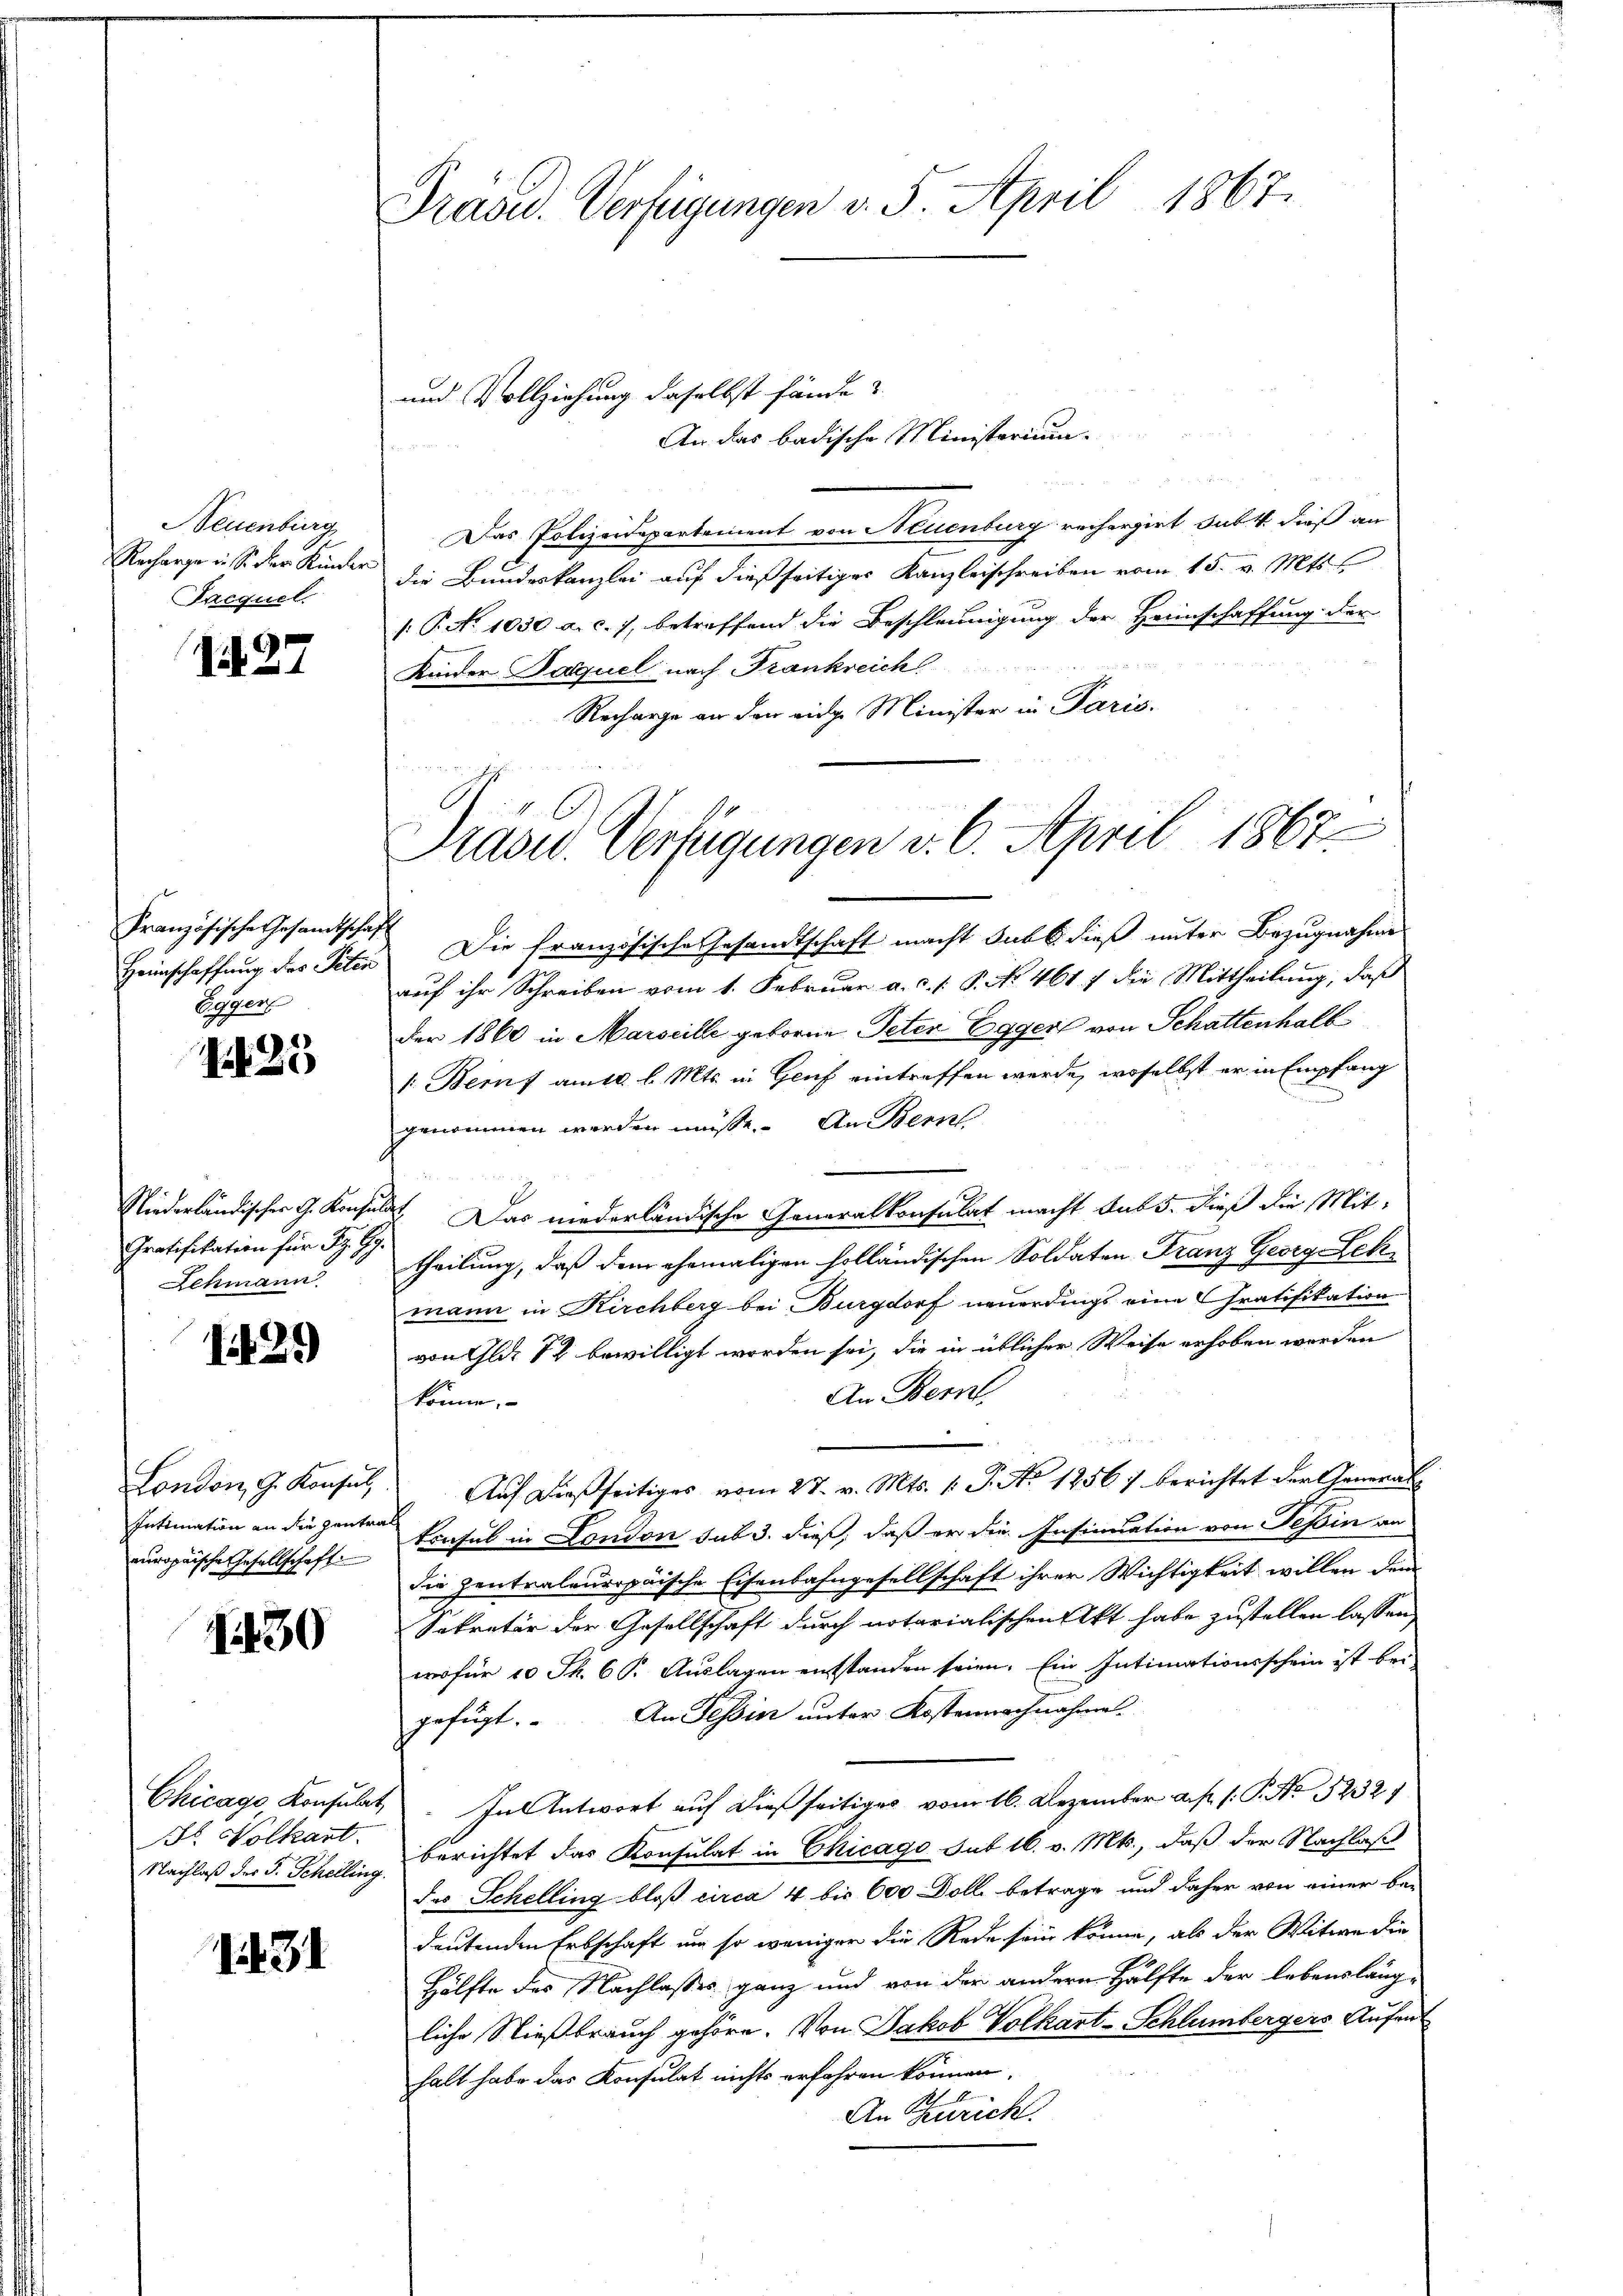
Neuenburg
Recharge in so der Kunder
Frequel

. 27

Französische Gesandtschaft
Heimschaffung des Peten
Egger

1435

Niederländischer G. Konsuls
Gratifikation für Fr. Gy.
Schmann

1429

Intimation an die Zentral
europaische Gesellschaft

1430

Bl. Nolkart.
Nachlaß der J. Schelling

1131

Präsid. Verfügungen v. 5. April 1867.

und Vollziehung daselbst fände &

Prasw. Verfügungen v. 6. April 1867

An das badische Ministerium.
Das Polizeidepartement von Neuenburg rechergirt sub. 4. dieß an
die Bundeskanzlei auf dießseitiger Kanzleischreiben vom 15. v. Mts. s
[: P. No 1030 a. c. 7, betreffend die Beschleunigung der Heimschaffung der
Kinder Paquel nach Frankreich
Recharge an den eidge Minister in Paris.
Die französische Gesandtschaft macht sub b. dieß unter Bezugnahme
auf ihr Schreiben vom 1. Februar a. c. s. P. No. 461 7 die Mittheilung, daß
Der 1860 in Marscille geborne Peter Egger von Schattenhalb
1. Beruf am 10. l. Mts. in Genf eintreffen werde, woselbst er in Empfang
genommen werden müsse. An Bern
bt. Das niederländische Generalkonsulat macht sub 5. dieß die Mit-
theilung, daß dem ehemaligen holländischen Soldaten Franz Georg Lek
mann in Kirchberg bei Burgdorf neuerdings eine Gratifikation
von Glut 12 bewilligt worden sei, die in üblicher Weise erhoben werden
An Bern,
könne.
London, G. Konsŭl Aŭf dießseitiges vom 27. v. Mts. v. J. No 12567 berichtet der General-
Eonsul in London sub 3. dieß, daß er die Insinuation von Tessin an
die Zentraleuropäische Eisenbahngesellschaft ihrer Wichtigkeit willen dem
Sekretär der Gesellschaft durch notarialischen Akt habe zustellen lassen,
wofür 10 Th. 6. Auslagen entstanden seien. Ein Intimationsschein ist bei-
gefügt. An Tessin unter Kostennachnahme.
Chicago, Konsulat. In Antwort auf dießseitiges vom 16. Dezember a. p. /: P. Nr. 52321
berichtet das Konsulat in Chicago Sut 16. v. Mts., daß der Nachlaß
des Schelling bloß circa 4 bis 600 Dolle betrage und daher von einer be-
deutenden Erbschaft um so weniger die Rede sein könne, als der Witwe die
Hälfte des Nachlasses ganz und von der andern Hälfte der lebenslängliche Nießbrauch gehöre. Von Jakob Volkart-Schlümbergers Aufent
halt habe das Konsulat nichts erfahren können.
An Zürich.